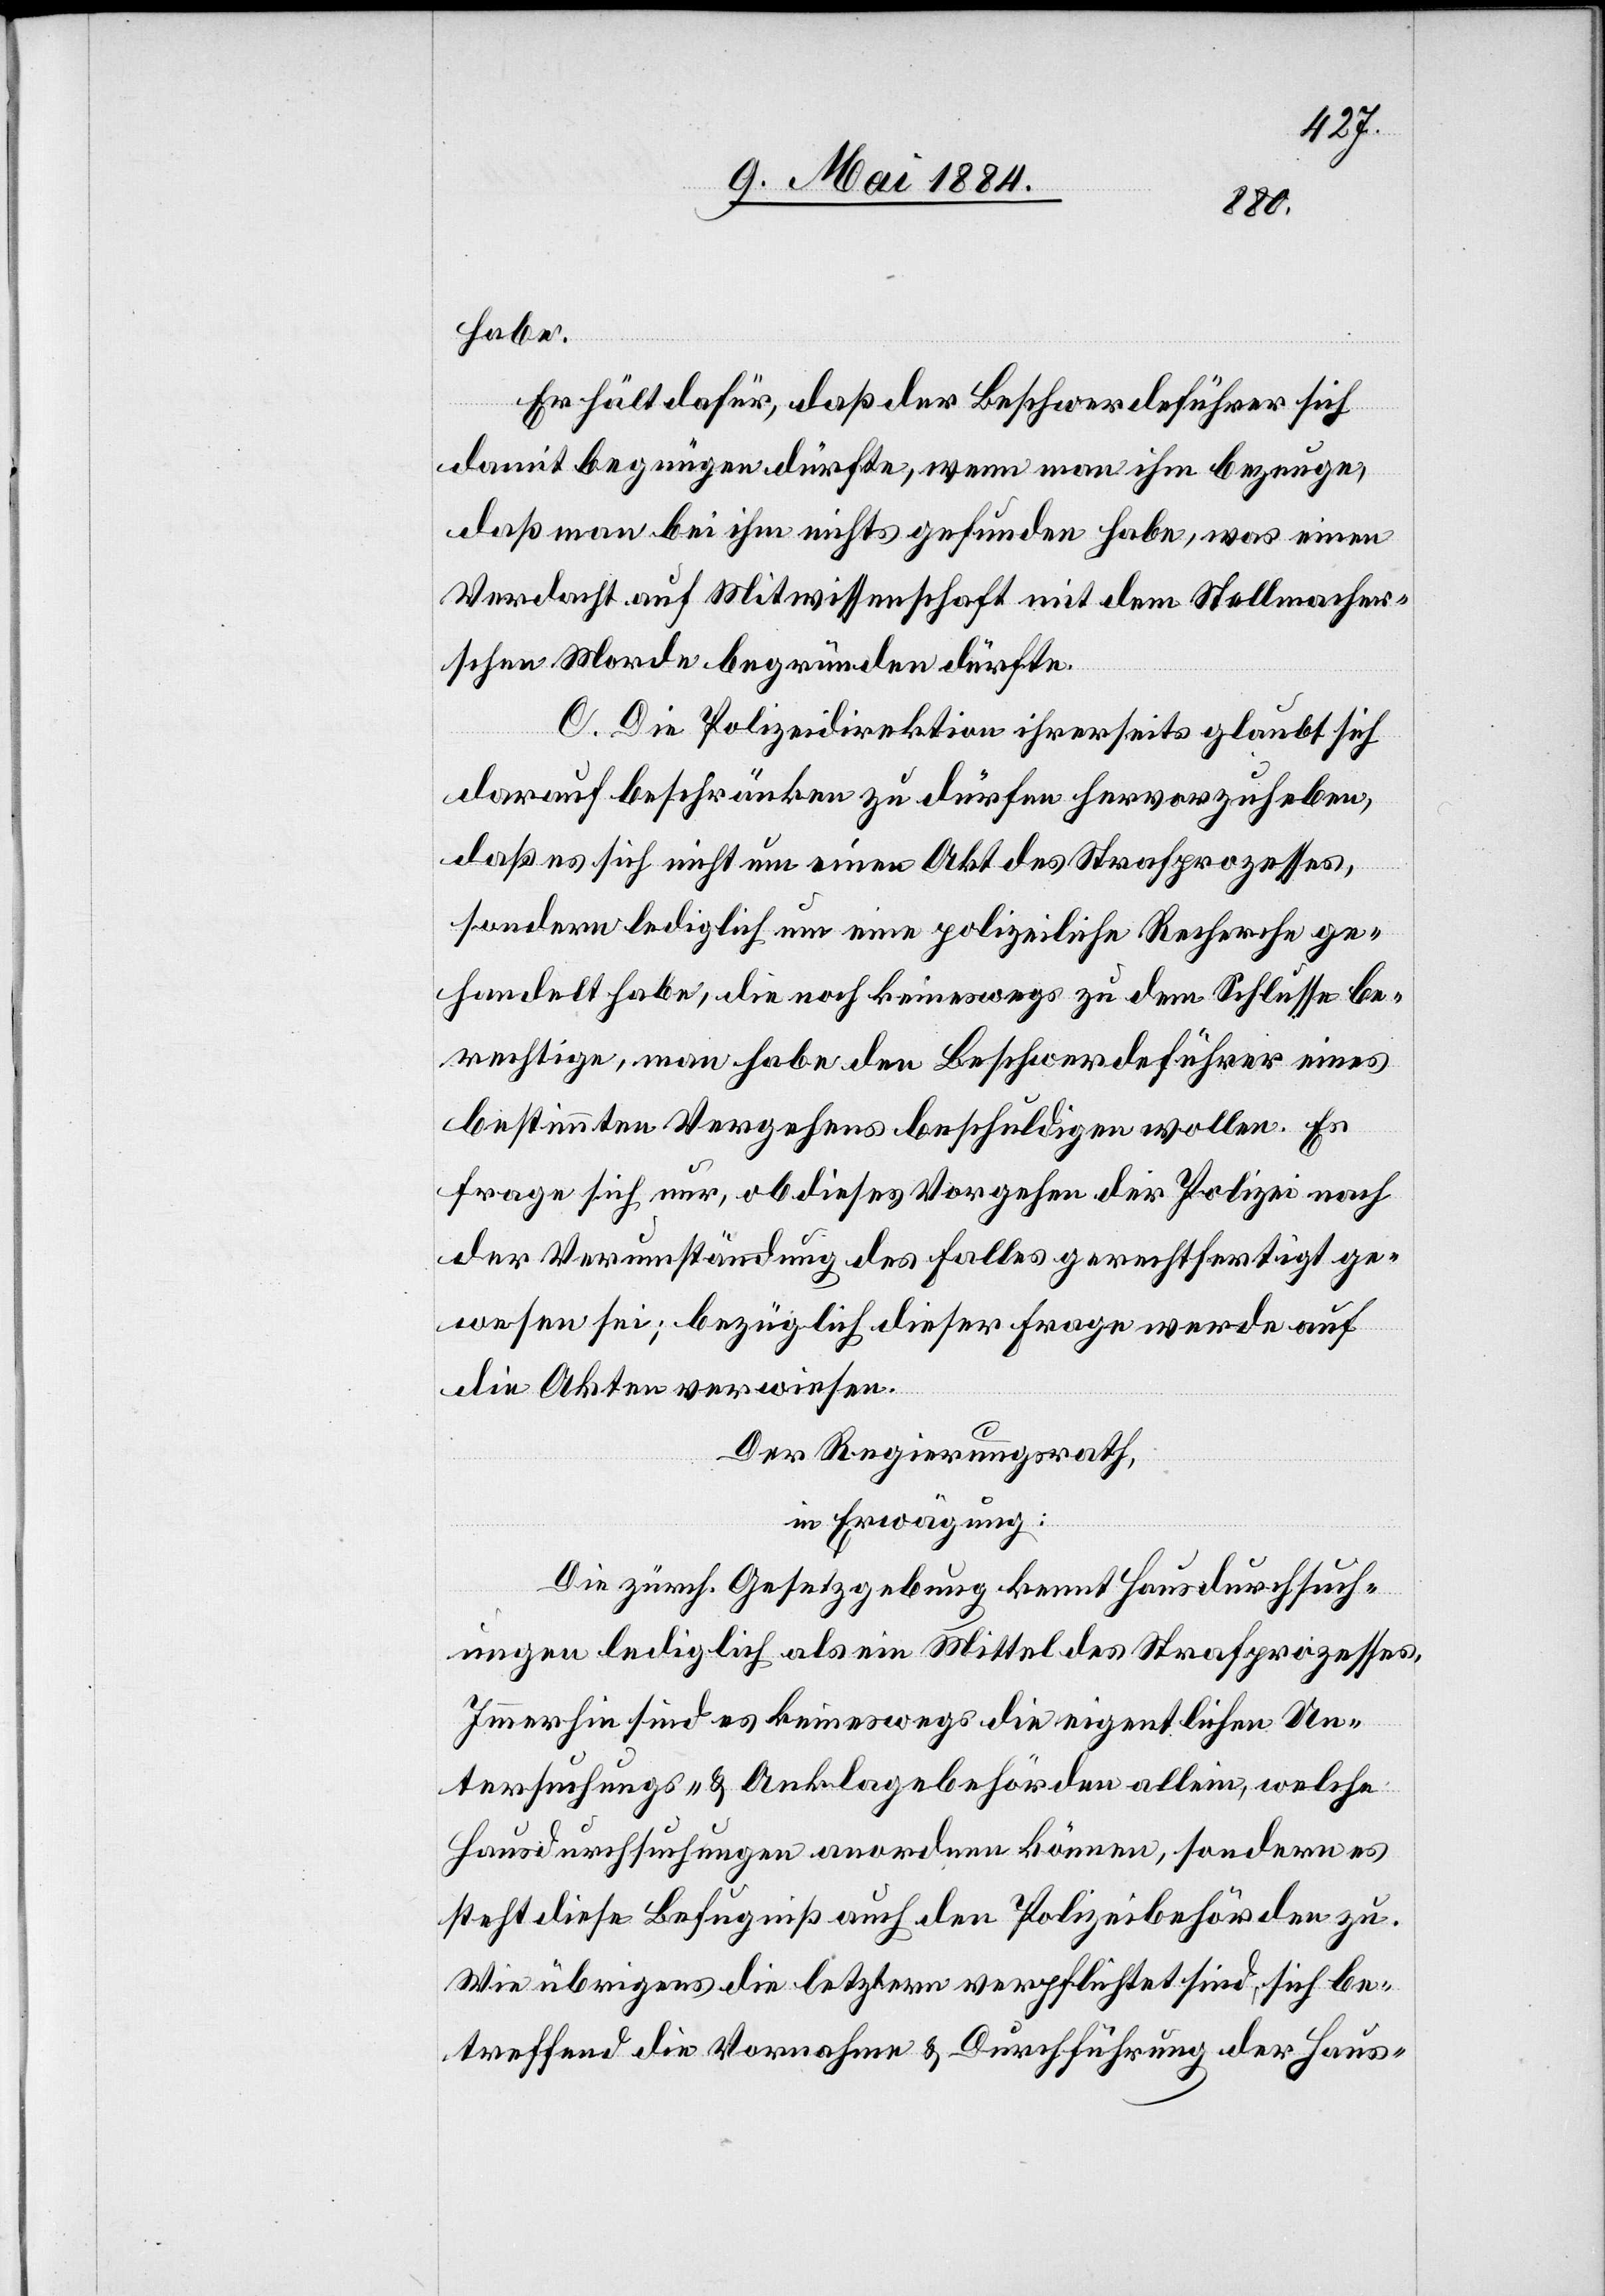
habe.
Er hält dafür, daß der Beschwerdeführer sich
damit begnügen dürfte, wenn man ihm bezeuge,
daß man bei ihm nichts gefunden habe, was einen
Verdacht auf Mitwissenschaft mit dem Stellmacher¬
schen Morde begründen dürfte.
C. Die Polizeidirektion ihrerseits glaubt sich
darauf beschränken zu dürfen hervorzuheben,
daß es sich nicht um einen Akte des Strafprozesses,
sondern lediglich um eine polizeiliche Recherche ge¬
handelt habe, die noch keineswegs zu dem Schlusse be¬
rechtige, man habe den Beschwerdeführer eines
bestimmten Vergehens beschuldigen wollen. Es
frage sich nur, ob dieses Vorgehen der Polizei nach
der Verumständung des Falles gerechtfertigt ge¬
wesen sei; bezüglich dieser Frage werde auf
die Akten verwiesen.
Der Regierungsrath,
in Erwägung:
Die zürch. Gesetzgebung kennt Hausdurchsuch¬
ungen lediglich als ein Mittel des Strafprozesses.
Immerhin sind es keineswegs die eigentlichen Un¬
tersuchungs- & Anklagebehörden allein, welche
Hausdurchsuchungen anordnen können, sondern es
steht diese Befugniß auch den Polizeibehörden zu.
Wie übrigens die letztern verpflichtet sind, sich be¬
treffend die Vornahme & Durchführung der Haus-